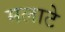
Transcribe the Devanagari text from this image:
मलाटे